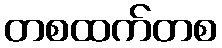
တစထက်တစ